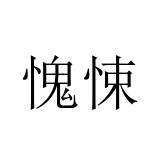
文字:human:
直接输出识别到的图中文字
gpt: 愧悚